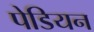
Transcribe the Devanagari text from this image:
पेडियन